Indian journal of veterinary science and animal husbandry - Volume 5,
Year: 1935
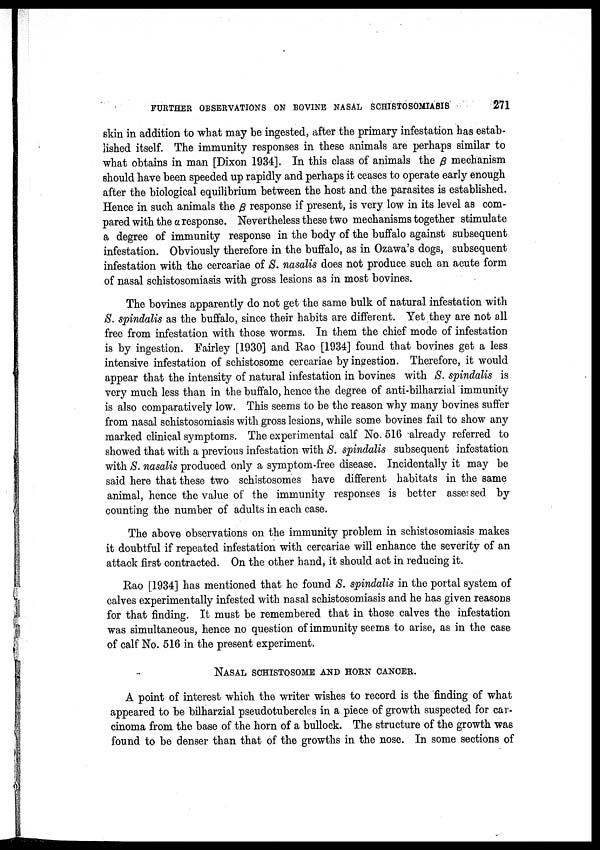
FURTHER OBSERVATIONS ON BOVINE NASAL SCHISTOSOMIASIS
271
skin in addition to what may be ingested, after the primary infestation has estab
lished itself. The immunity responses in these animals are perhaps similar to
what obtains in man [Dixon 1934]. In this class of animals the β mechanism
should have been speeded up rapidly and perhaps it ceases to operate early enough
after the biological equilibrium between the host and the parasites is established.
Hence in such animals the β response if present, is very low in its level as com
pared with the α response. Nevertheless these two mechanisms together stimulate
a degree of immunity response in the body of the buffalo against subsequent
infestation. Obviously therefore in the buffalo, as in Ozawa's dogs, subsequent
infestation with the cercariae of S. nasalis does not produce such an acute form
of nasal schistosomiasis with gross lesions as in most bovines.
The bovines apparently do not get the same bulk of natural infestation with
S. spindalis as the buffalo, since their habits are different. Yet they are not all
free from infestation with those worms. In them the chief mode of infestation
is by ingestion. Fairley [1930] and Rao [1934] found that bovines get a less
intensive infestation of schistosome cercariae by ingestion. Therefore, it would
appear that the intensity of natural infestation in bovines with S. spindalis is
very much less than in the buffalo, hence the degree of anti-bilharzial immunity
is also comparatively low. This seems to be the reason why many bovines suffer
from nasal schistosomiasis with gross lesions, while some bovines fail to show any
marked clinical symptoms. The experimental calf No. 516 already referred to
showed that with a previous infestation with S. spindalis subsequent infestation
with S. nasalis produced only a symptom-free disease. Incidentally it may be
said here that these two schistosomes have different habitats in the same
animal, hence the value of the immunity responses is better assessed by
counting the number of adults in each case.
The above observations on the immunity problem in schistosomiasis makes
it doubtful if repeated infestation with cercariae will enhance the severity of an
attack first contracted. On the other hand, it should act in reducing it.
Rao [1934] has mentioned that he found S. spindalis in the portal system of
calves experimentally infested with nasal schistosomiasis and he has given reasons
for that finding. It must be remembered that in those calves the infestation
was simultaneous, hence no question of immunity seems to arise, as in the case
of calf No. 516 in the present experiment.
NASAL SCHISTOSOME AND HORN CANCER.
A point of interest which the writer wishes to record is the finding of what
appeared to be bilharzial pseudotubercles in a piece of growth suspected for car
cinoma from the base of the horn of a bullock. The structure of the growth was
found to be denser than that of the growths in the nose. In some sections of